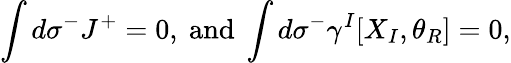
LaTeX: \int d\sigma^{-}J^{+}=0,\mathrm{~and~}\int d\sigma^{-}\gamma^{I}[X_{I},\theta_{R}]=0,